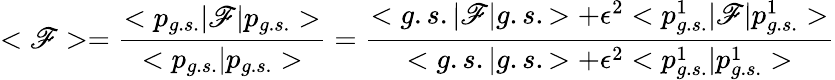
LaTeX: <\mathscr{F}>=\frac{{<p_{g.s.}|\mathscr{F}|p_{g.s.}>}}{{<p_{g.s.}|p_{g.s.}>}}=\frac{{<g.s.|\mathscr{F}|g.s.>+\epsilon^{2}<p_{g.s.}^{1}|\mathscr{F}|p_{g.s.}^{1}>}}{{<g.s.|g.s.>+\epsilon^{2}<p_{g.s.}^{1}|p_{g.s.}^{1}>}}